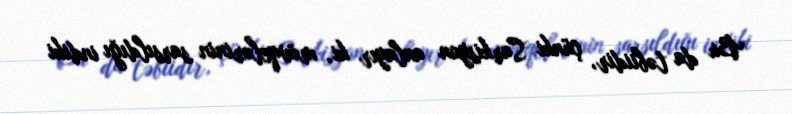
Bu da təbiidir, çünki Sarkisyan anlayır ki, mövqelərinin sarsıldığı indiki